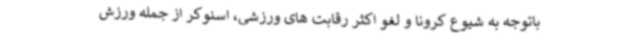
باتوجه به شیوع کرونا و لغو اکثر رقابت های ورزشی، اسنوکر از جمله ورزش